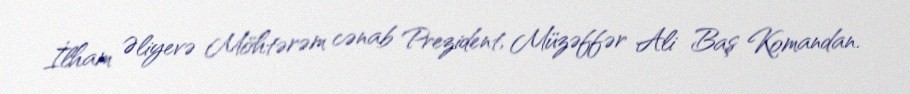
İlham Əliyevə Möhtərəm cənab Prezident, Müzəffər Ali Baş Komandan.